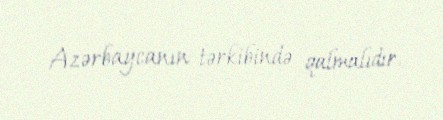
Azərbaycanın tərkibində qalmalıdır.